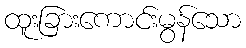
ထူးခြားကောင်းမွန်သော